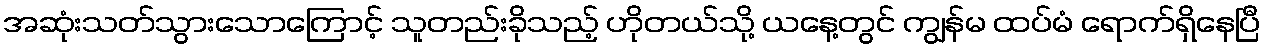
အဆုံးသတ်သွားသောကြောင့် သူတည်းခိုသည့် ဟိုတယ်သို့ ယနေ့တွင် ကျွန်မ ထပ်မံ ရောက်ရှိနေပြီ